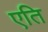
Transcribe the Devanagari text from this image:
एति